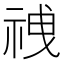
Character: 𫀍